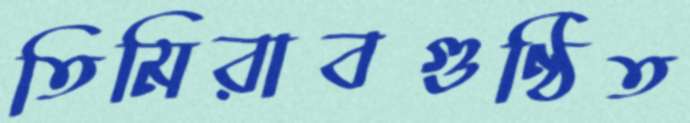
তিমিরাবগুণ্ঠিত